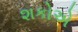
શકોએ